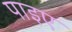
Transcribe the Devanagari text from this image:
पाइए